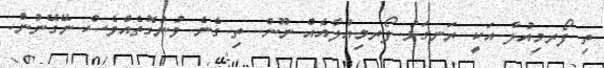
ތި ފޯރމިއުލާ އަކީ ރަނގަޅު ފޯރމިއުލާއެއް ނޫން. ތި ގެނެ ވުނުގޮތެއްވެސް ނޭގޭނުން.